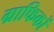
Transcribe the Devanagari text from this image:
ग्राफिकों